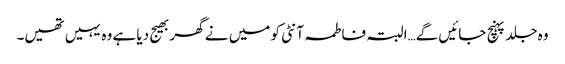
وہ جلد پہنچ جائیں گے…البتہ فاطمہ آنٹی کو میں نے گھر بھیج دیا ہے وہ یہیں تھیں۔